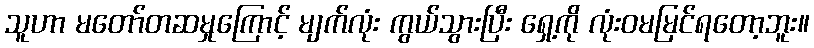
သူဟာ မတော်တဆမှုကြောင့် မျက်လုံး ကွယ်သွားပြီး ရှေ့ကို လုံးဝမမြင်ရတော့ဘူး။